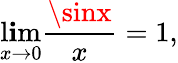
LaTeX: \operatorname*{l\mathbf{i}m}_{x\rightarrow0}{\frac{{\sinx}}{{x}}}=1,